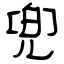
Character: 兜